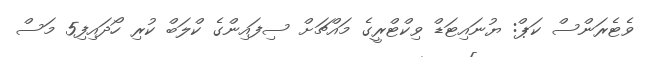
ވެޓެރަންސް ކަޕް: ޔުނައިޓަޑް ވިކްޓްރީގެ މައްޗަށް ސިފައިންގެ ކްލަބް ކުރި ހޯދައިފި5 މަސް